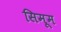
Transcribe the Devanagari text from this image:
सिमूम